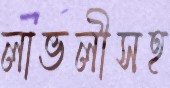
লাভলীসহ